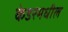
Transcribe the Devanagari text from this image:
केडरमधील